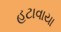
હટાવાયા